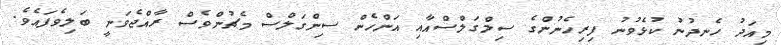
މިއަދު ހެނދުނު ކުޅެވުނު ފިރިހެނުންގެ ސިލްގަލްސްއާއި އަންހެން ސިންގަލްސް މެޗުންވެސް ރާއްޖެވަނީ ބަލިވެފައެވެ.